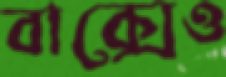
বাক্সেও